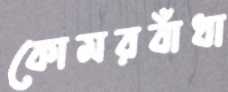
কোমরবাঁধা